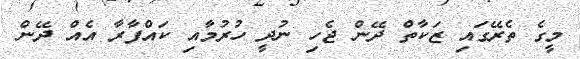
މީގެ ތެރޭގައި ޒަކާތް ދޭން ޖެހި ނުދީ ހުރުމާއި ކައްފާރާ އެއް ދޭން